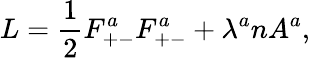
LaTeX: L={\frac{1}{2}}F_{+-}^{a}F_{+-}^{a}+\lambda^{a}nA^{a},